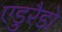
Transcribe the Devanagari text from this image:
एडुरैडो